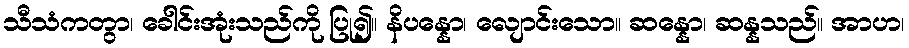
သီသံကတွာ၊ ခေါင်းအုံးသည်ကို ပြု၍။ နိပန္နော၊ လျောင်းသော။ ဆန္နော၊ ဆန္နသည်။ အာဟ၊